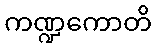
ကဏ္ဍကောတိ